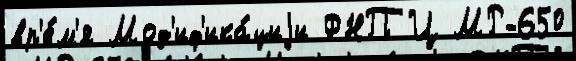
вр'е́м'я Мод'иф'ика́циjи ФНПЦ МР-650